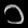
Digit: ၁